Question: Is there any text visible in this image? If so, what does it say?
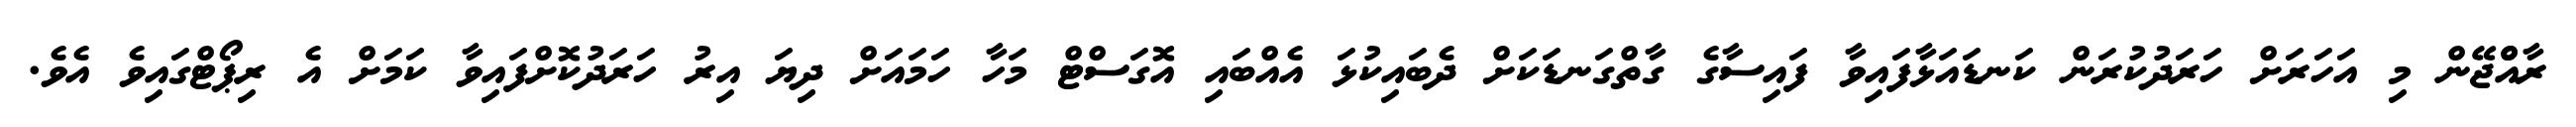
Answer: ރާއްްޖޭން މި އަހަރަށް ހަރަދުކުރަން ކަނޑައަޅާފައިވާ ފައިސާގެ ގާތްގަނޑަކަށް ދެބައިކުޅަ އެއްބައި އޮގަސްޓް މަހާ ހަމައަށް ދިޔަ އިރު ހަރަދުކޮށްފައިވާ ކަމަށް އެ ރިޕޯޓްގައިވެ އެވެ.